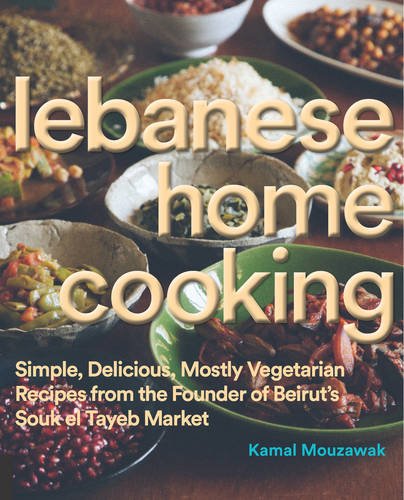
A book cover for Lebanese Home Cooking: Simple, Delicious, Mostly Vegetarian Recipes from the Founder of Beirut's Souk El Tayeb Market; Kamal Mouzawak; Cookbooks, Food & Wine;